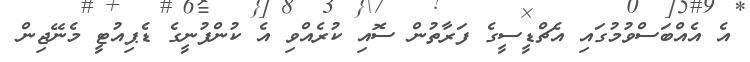
އެ އެއްބަސްވުމުގައި އެޗްޑީސީގެ ފަރާތުން ސޮއި ކުރެއްވި އެ ކުންފުނީގެ ޑެޕިއުޓީ މެނޭޖިން